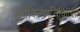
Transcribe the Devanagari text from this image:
सूर्यकिरणचिकित्सा